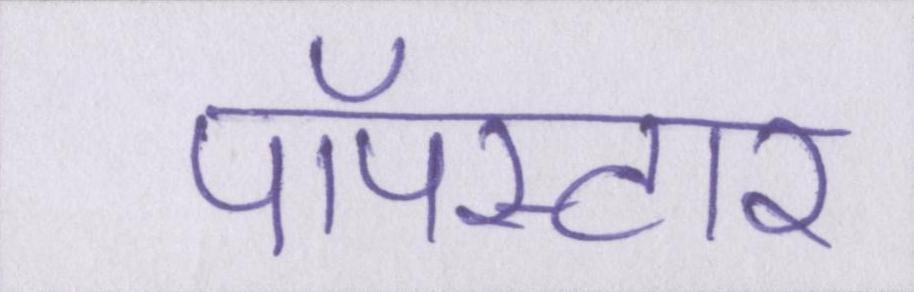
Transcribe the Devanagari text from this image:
पॉपस्टार